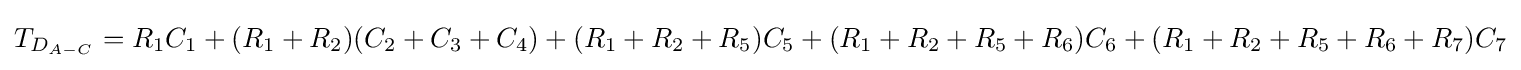
T_{D_{A-C}}=R_{1}C_{1}+(R_{1}+R_{2})(C_{2}+C_{3}+C_{4})+(R_{1}+R_{2}+R_{5})C_{5}+(R_{1}+R_{2}+R_{5}+R_{6})C_{6}+(R_{1}+R_{2}+R_{5}+R_{6}+R_{7})C_{7}